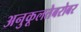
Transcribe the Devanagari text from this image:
अनुकूलतेबरोबर